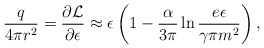
\begin{align*}\frac{q}{4\pi r^2}=\frac{\partial{\cal L}}{\partial\epsilon}\approx \epsilon\left(1-\frac{\alpha}{3\pi}\ln\frac{e\epsilon}{\gamma\pi m^2}\right),\end{align*}